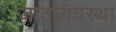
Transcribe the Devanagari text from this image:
जातव्यवस्था